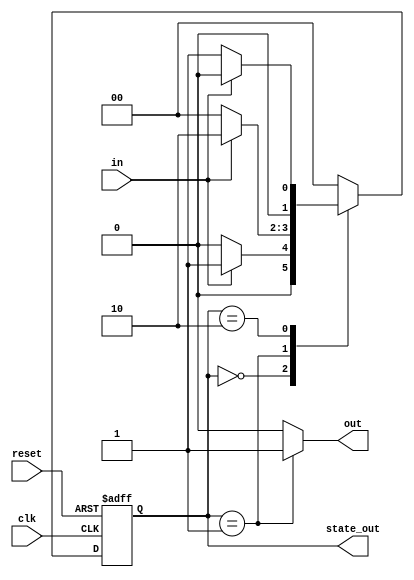
module moore_state_machine (
    input wire clk,        // Clock signal
    input wire reset,      // Asynchronous reset signal
    input wire in,         // Input signal for state transitions
    output reg [1:0] state_out, // Output representing the current state
    output reg out         // Output based on current state
);

// State encoding
localparam IDLE    = 2'b00;
localparam STATE1  = 2'b01;
localparam STATE2  = 2'b10;

// State register
reg [1:0] current_state, next_state;

// Sequential logic: State register
always @(posedge clk or posedge reset) begin
    if (reset) begin
        current_state <= IDLE; // Reset to initial state
    end else begin
        current_state <= next_state; // Update state on clock edge
    end
end

// Combinational logic: Next state logic
always @(*) begin
    case (current_state)
        IDLE: begin
            if (in) begin
                next_state = STATE1; // Transition to STATE1 on input high
            end else begin
                next_state = IDLE; // Stay in IDLE
            end
        end
        
        STATE1: begin
            if (in) begin
                next_state = STATE2; // Transition to STATE2 on input high
            end else begin
                next_state = IDLE; // Transition back to IDLE on input low
            end
        end
        
        STATE2: begin
            if (in) begin
                next_state = IDLE; // Transition back to IDLE on input high
            end else begin
                next_state = STATE1; // Transition back to STATE1 on input low
            end
        end
        
        default: next_state = IDLE; // Default case
    endcase
end

// Combinational logic: Output logic
always @(*) begin
    case (current_state)
        IDLE: out = 0;    // Output for IDLE state
        STATE1: out = 1;  // Output for STATE1 state
        STATE2: out = 2;  // Output for STATE2 state
        default: out = 0; // Default output
    endcase
end

// Assigning the current state to output
assign state_out = current_state;

endmodule